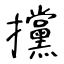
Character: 攩